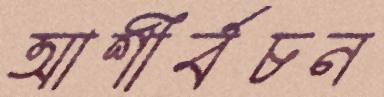
আশীর্বচন